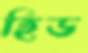
হিড